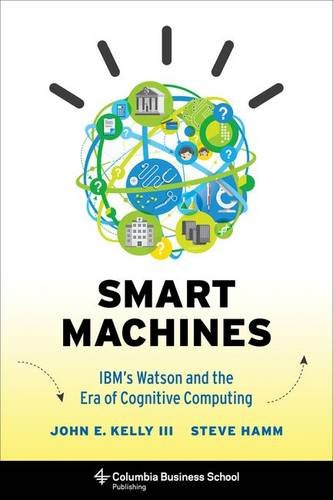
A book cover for Smart Machines: IBM's Watson and the Era of Cognitive Computing (Columbia Business School Publishing); John E. Kelly III; Computers & Technology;